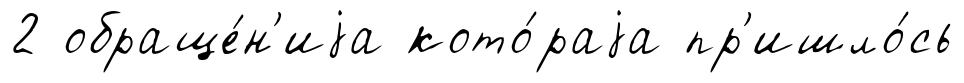
2 обраще́н'иjа кото́раjа пр'ишло́сь